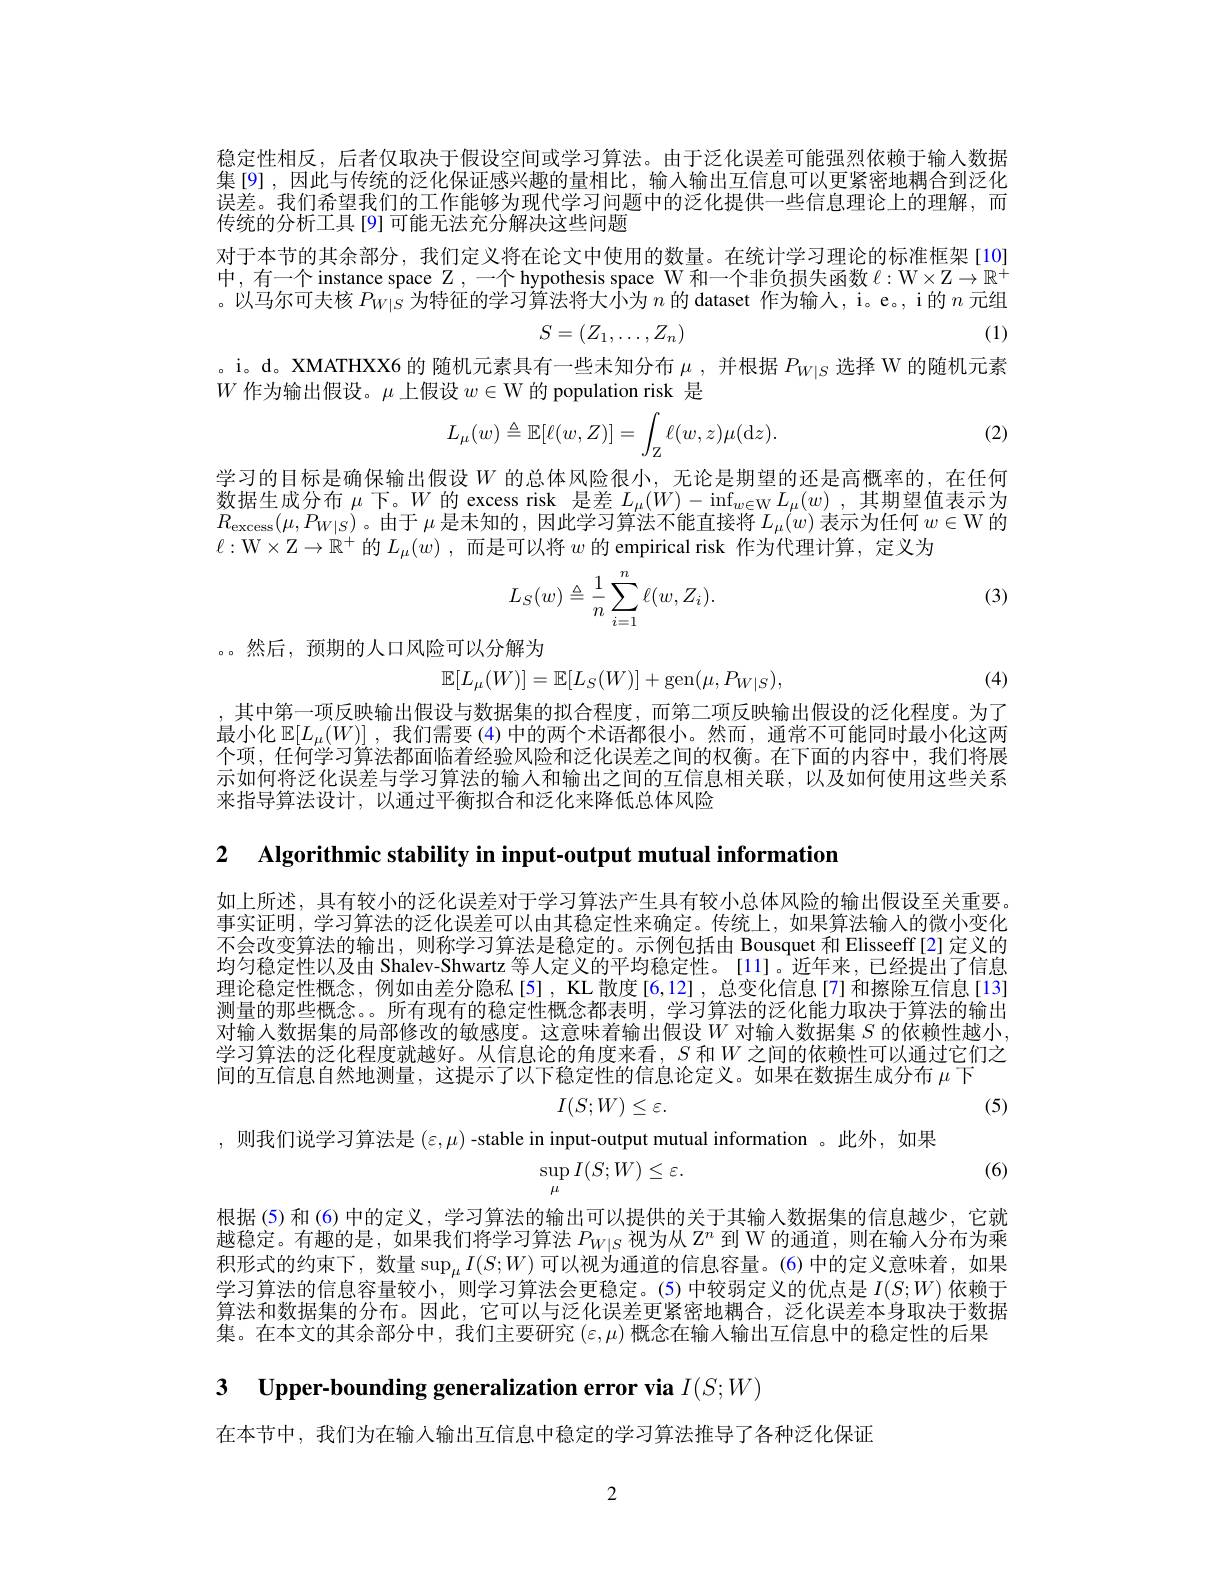
稳定性相反，后者仅取决于假设空间或学习算法。由于泛化误差可能强烈依赖于输入数据集[9],因此与传统的泛化保证感兴趣的量相比，输入输出互信息可以更紧密地耦合到泛化误差。我们希望我们的工作能够为现代学习问题中的泛化提供一些信息理论上的理解，而传统的分析工具[9]可能无法充分解决这些问题

对于本节的其余部分，我们定义将在论文中使用的数量。在统计学习理论的标准框架[10] 中，有一个 instance space $\mathbb{Z}$,一个 hypothesis space W 和一个非负损失函数 $\ell:\mathbb{W}\times\mathbb{Z}\to\mathbb{R}^+$ 。以马尔可夫核$\hat P_{W|S}\hat{\text{ 为特征的学习算法将大小为 }n\text{ 的 dataset 作为输人，i。e。, i 的 }n\text{ 元组}}$
(1)
$$S=(Z_1,\dots,Z_n)$$
。i。d。XMATHXX6 的 随机元素具有一些未知分布$\mu$ ,并根据$P_{W|S}$选择 W 的随机元素
$W$作为输出假设。$\mu$上假设$w\in\mathcal{W}$的 population risk 是

(2)
$$L_{\mu}(w)\triangleq\mathbb{E}[\ell(w,Z)]=\int_{\mathbb{Z}}\ell(w,z)\mu(\mathrm{d}z).$$
学习的目标是确保输出假设$W$ 的总体风险很小，无论是期望的还是高概率的，在任何数据生成分布$\mu$下。$W$的 excess risk 是差$L_\mu(W)-\inf_{w\in\mathcal{W}}L_\mu(w)$ ,其期望值表示为$R_{\mathrm{excess}}(\mu,P_{W|S})$。由于$\mu$是未知的，因此学习算法不能直接将$L_\mu(w)$表示为任何$w\in\mathcal{W}$的$\ell:$W$\times\mathbb{Z}\to\mathbb{R}^+$的$L_\mu(w)$,而是可以将$w$的 empirical risk 作为代理计算，定义为

(3)
$$L_S(w)\triangleq\frac{1}{n}\sum_{i=1}^n\ell(w,Z_i).$$
。。然后，预期的人口风险可以分解为
$$\mathbb{E}[L_{\mu}(W)]=\mathbb{E}[L_{S}(W)]+\mathrm{gen}(\mu,P_{W|S}),$$
(4)

,其中第一项反映输出假设与数据集的拟合程度，而第二项反映输出假设的泛化程度。为了最小化$\mathbb{E}[L_\mu(W)]$ ,我们需要 (4) 中的两个术语都很小。然而，通常不可能同时最小化这两个项，任何学习算法都面临着经验风险和泛化误差之间的权衡。在下面的内容中，我们将展示如何将泛化误差与学习算法的输人和输出之间的互信息相关联，以及如何使用这些关系来指导算法设计，以通过半衡拟合和泛化来降低总体风险

2 $\textbf{Algorithmic stability in input- output mutual information}$

如上所述，具有较小的泛化误差对于学习算法产生具有较小总体风险的输出假设至关重要事实证明，学习算法的泛化误差可以由其稳定性来确定。传统上，如果算法输入的微小变化不会改变算法的输出，则称学习算法是稳定的。示例包括由 Bousquet 和 Elisseeff[2] 定义的均匀稳定性以及由 Shalev-Shwartz 等人定义的平均稳定性。[11]。近年来，已经提出了信息理论稳定性概念，例如由差分隐私[5],KL 散度[6,12],总变化信息[7]和擦除互信息[13] 测量的那些概念。。所有现有的稳定性概念都表明，学习算法的泛化能力取决于算法的输出对输入数据集的局部修改的敏感度。这意味着输出假设$W$对输人数据集 $S$ 的依赖性越小. 学习算法的泛化程度就越好。从信息论的角度来看，$S$ 和$W$之间的依赖性可以通过它们之间的互信息自然地测量，这提示了以下稳定性的信息论定义。如果在数据生成分布$\mu$下
$$I(S;W)\leq\varepsilon.$$
(5)

,则我们说学习算法是$(\varepsilon,\mu)$ -stable in input-output mutual information 。此外，如果
$$\sup_{\mu}I(S;W)\leq\varepsilon.$$
(6)

根据(5)和(6)中的定义，学习算法的输出可以提供的关于其输入数据集的信息越少，它就越稳定。有趣的是，如果我们将学习算法$P_W|S$视为从 Z$^n$到 W 的通道，则在输人分布为乘积形式的约束下，数量$\sup_\mu I(S;W)$ 可以视为通道的信息容量。(6)中的定义意味着，如果学习算法的信息容量较小，则学习算法会更稳定。(5)中较弱定义的优点是$I(S;W)$依赖于算法和数据集的分布。因此，它可以与泛化误差更紧密地耦合，泛化误差本身取决于数据集。在本文的其余部分中，我们主要研究$(\varepsilon,\mu)$概念在输人输出互信息中的稳定性的后果

3 Upper-bounding generalization error via $I(S;W)$

在本节中，我们为在输入输出互信息中稳定的学习算法推导了各种泛化保证

2